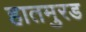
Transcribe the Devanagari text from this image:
हातमुरड